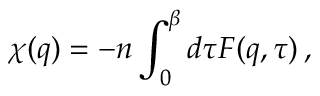
\chi ( \boldsymbol { q } ) = - n \int _ { 0 } ^ { \beta } d \tau { F } ( \boldsymbol { q } , \tau ) \, ,